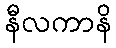
နီလကာနိ